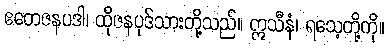
ဧတေဇနပဒါ၊ ထိုဇနပုဒ်သားတို့သည်။ ဣသီနံ၊ ရသေ့တို့ကို။